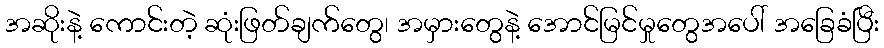
အဆိုးနဲ့ ကောင်းတဲ့ ဆုံးဖြတ်ချက်တွေ၊ အမှားတွေနဲ့ အောင်မြင်မှုတွေအပေါ် အခြေခံပြီး